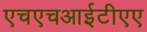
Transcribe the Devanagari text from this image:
एचएचआईटीएए